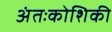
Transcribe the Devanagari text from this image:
अंतःकोशिकी